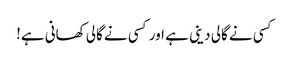
کسی نے گالی دینی ہے اور کسی نے گالی کھانی ہے!